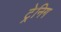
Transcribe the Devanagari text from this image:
ट्रेनिग